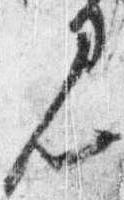
見